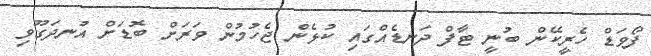
ފޯވަޑް ހެރީކޭން ބުނީ ޓާފް ދަނޑެއްގައި ކުޅެން ޖެހުމުން ވަރަށް ބޮޑަށް އުނދަގޫވި